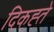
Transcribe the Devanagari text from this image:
दिकह्ते